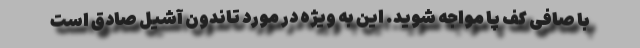
با صافی کف پا مواجه شوید. این به ویژه در مورد تاندون آشیل صادق است